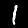
Digit: 1